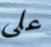
على